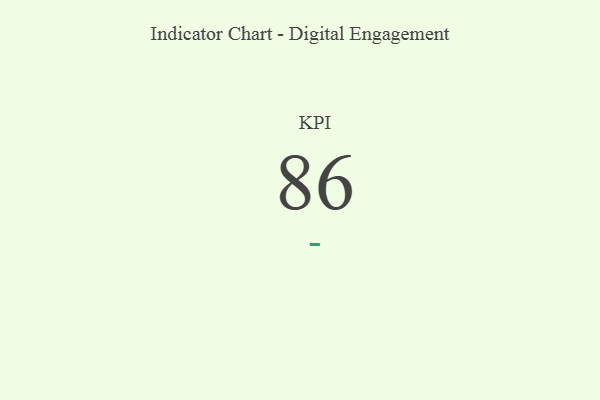
{"axis": {"x": "KPI", "y": "Value"}, "legend": [""], "data": [{"x": "KPI", "y": 86, "type": ""}]}